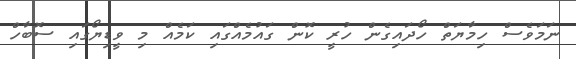
ނަމަވެސް ހިމާޔަތް ހޯދައިގެން ހުރީ ކޮން ގައުމެއްގައި ކަމެއް މި ވީޑިޔޯގައި ސޮބާހް